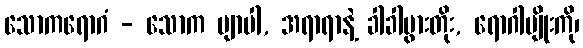
သောကရောဂံ - သောက ဗျာပါ, အရာရာနဲ့ ခါခါပွားတိုး, ရောဂါမျိုးကို၊